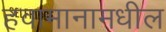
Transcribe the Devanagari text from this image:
हवामानामधील